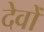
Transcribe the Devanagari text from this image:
देवोँ